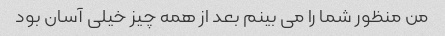
من منظور شما را می بینم بعد از همه چیز خیلی آسان بود